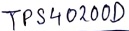
Text: TPS40200D